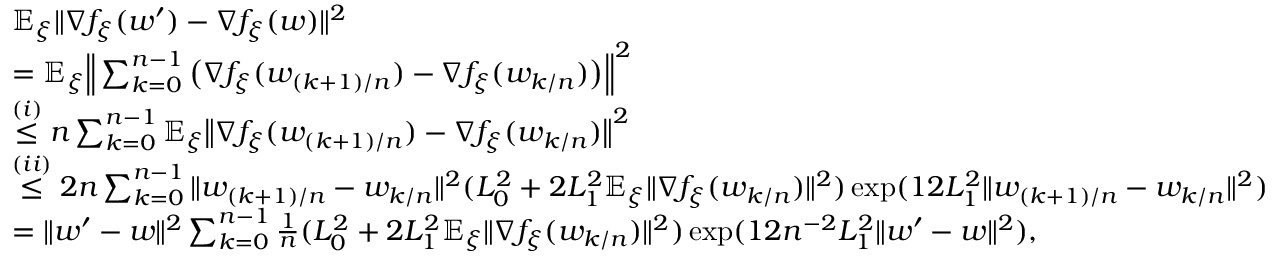
\begin{array} { r l } & { \mathbb { E } _ { \xi } \| \nabla f _ { \xi } ( w ^ { \prime } ) - \nabla f _ { \xi } ( w ) \| ^ { 2 } } \\ & { = \mathbb { E } _ { \xi } \Big \| \sum _ { k = 0 } ^ { n - 1 } \big ( \nabla f _ { \xi } ( w _ { ( k + 1 ) / n } ) - \nabla f _ { \xi } ( w _ { k / n } ) \big ) \Big \| ^ { 2 } } \\ & { \overset { ( i ) } { \le } n \sum _ { k = 0 } ^ { n - 1 } \mathbb { E } _ { \xi } \big \| \nabla f _ { \xi } ( w _ { ( k + 1 ) / n } ) - \nabla f _ { \xi } ( w _ { k / n } ) \big \| ^ { 2 } } \\ & { \overset { ( i i ) } { \le } 2 n \sum _ { k = 0 } ^ { n - 1 } \| w _ { ( k + 1 ) / n } - w _ { k / n } \| ^ { 2 } ( L _ { 0 } ^ { 2 } + 2 L _ { 1 } ^ { 2 } \mathbb { E } _ { \xi } \| \nabla f _ { \xi } ( w _ { k / n } ) \| ^ { 2 } ) \exp ( 1 2 L _ { 1 } ^ { 2 } \| w _ { ( k + 1 ) / n } - w _ { k / n } \| ^ { 2 } ) } \\ & { = \| w ^ { \prime } - w \| ^ { 2 } \sum _ { k = 0 } ^ { n - 1 } \frac { 1 } { n } ( L _ { 0 } ^ { 2 } + 2 L _ { 1 } ^ { 2 } \mathbb { E } _ { \xi } \| \nabla f _ { \xi } ( w _ { k / n } ) \| ^ { 2 } ) \exp ( 1 2 n ^ { - 2 } L _ { 1 } ^ { 2 } \| w ^ { \prime } - w \| ^ { 2 } ) , } \end{array}